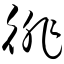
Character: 徘